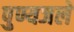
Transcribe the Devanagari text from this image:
पुण्यजले